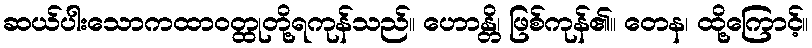
ဆယ်ပါးသောကထာဝတ္ထုတို့ရကုန်သည်။ ဟောန္တိ၊ ဖြစ်ကုန်၏။ တေန၊ ထို့ကြောင့်။